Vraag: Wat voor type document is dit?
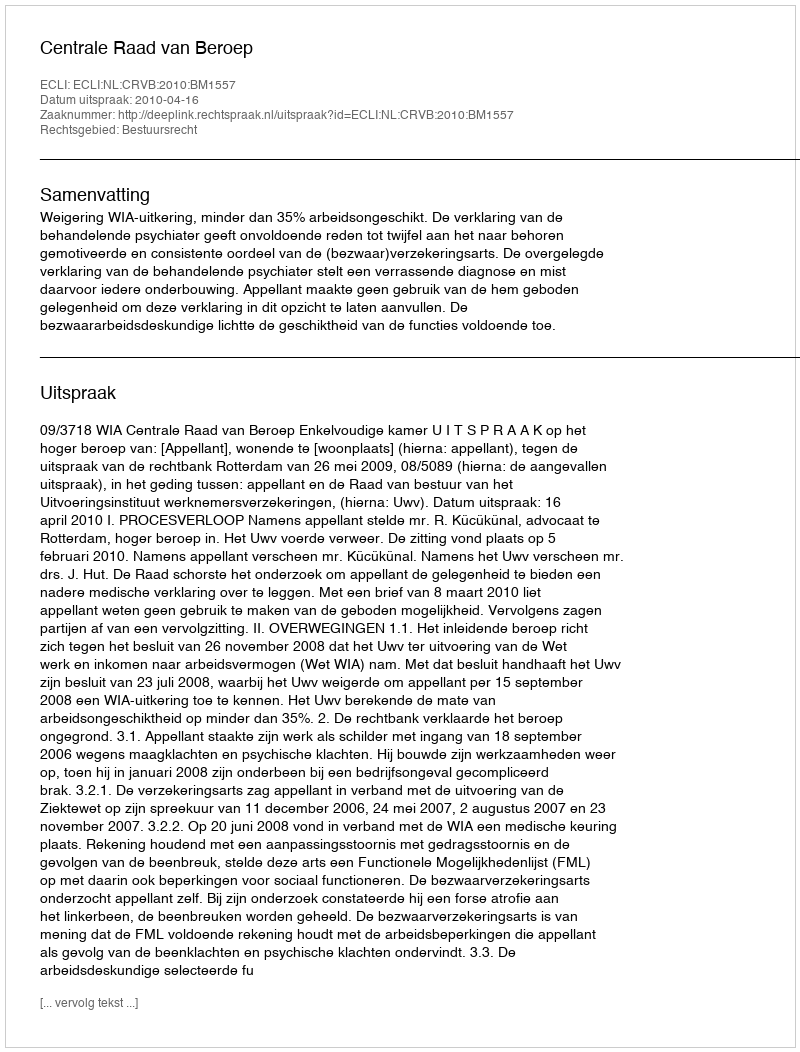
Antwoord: Uitspraak